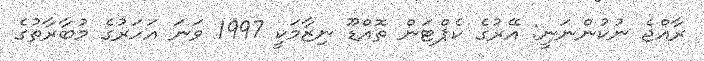
ރާއްޖެ ނުކުންނަނީ: އޭރުގެ ކެޕްޓަން ތޮއްޑޫ ނިޒާމަކީ 1997 ވަނަ އަހަރުގެ މުބާރާތުގެ